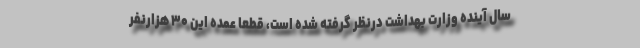
سال آینده وزارت بهداشت درنظر گرفته شده است، قطعا عمده این ۳۰ هزارنفر